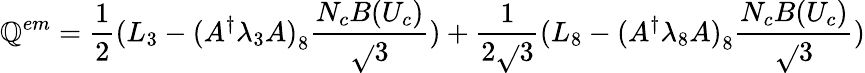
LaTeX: \mathbb{Q}^{em}={\frac{{1}}{{2}}}(L_{3}-{(A^{\dagger}\lambda_{3}A)}_{8}{\frac{{N_{c}B(U_{c})}}{{\sqrt{}{{3}}}}})+{\frac{{1}}{{2\sqrt{}{{3}}}}}(L_{8}-{(A^{\dagger}\lambda_{8}A)}_{8}{\frac{{N_{c}B(U_{c})}}{{\sqrt{}{{3}}}}})